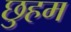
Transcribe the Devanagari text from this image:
छुहम